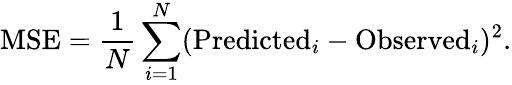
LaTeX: \mathrm{MSE}=\frac{1}{N}\sum_{i=1}^{N}(\mathrm{Predicted}_{i}-\mathrm{Observed}_{i})^{2}.